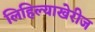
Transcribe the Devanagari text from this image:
लिहिल्याखेरीज